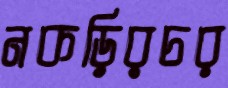
নকড়িরচর